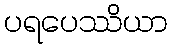
ပရပေဿိယာ